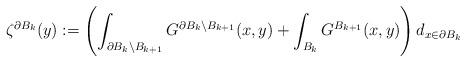
LaTeX: \begin{align*}\zeta^{\partial B_k}(y):=\left(\int_{\partial B_k\setminus B_{k+1}}G^{\partial B_k\setminus B_{k+1}}(x,y)+\int_{B_k}G^{B_{k+1}}(x,y)\right)d_{x\in\partial B_k}\end{align*}